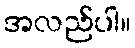
အလည်ပါ။